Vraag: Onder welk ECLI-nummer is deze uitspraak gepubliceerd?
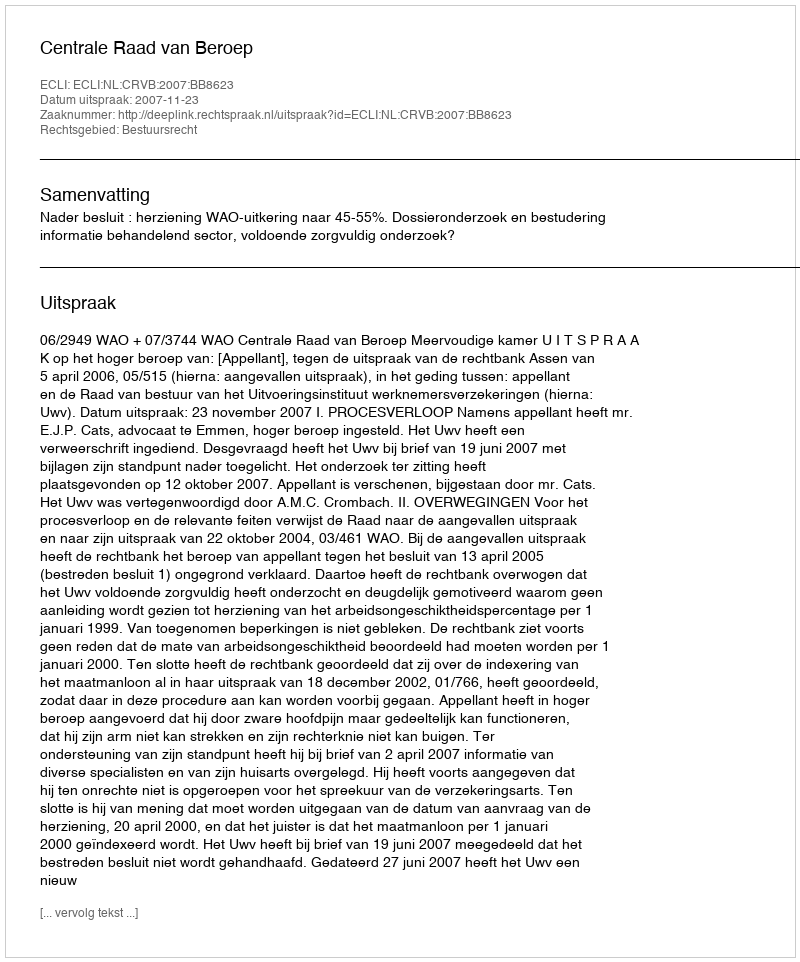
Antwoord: ECLI:NL:CRVB:2007:BB8623